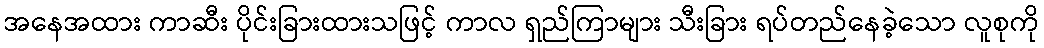
အနေအထား ကာဆီး ပိုင်းခြားထားသဖြင့် ကာလ ရှည်ကြာများ သီးခြား ရပ်တည်နေခဲ့သော လူစုကို